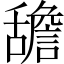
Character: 舚